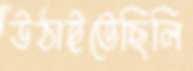
উঠাইতেছিলি